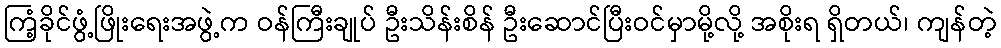
ကြံ့ခိုင်ဖွံ့ဖြိုးရေးအဖွဲ့က ဝန်ကြီးချုပ် ဦးသိန်းစိန် ဦးဆောင်ပြီးဝင်မှာမို့လို့ အစိုးရ ရှိတယ်၊ ကျန်တဲ့